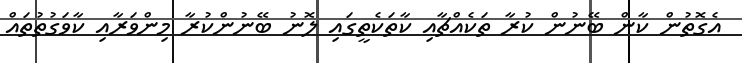
އެގޮތުން ކާން ބޭނުން ކުރާ ތަކެއްޗާއި ކާތަކެތީގައި ލޮނު ބޭނުންކުރާ މިންވަރާއި ކާވަގުތުތައް